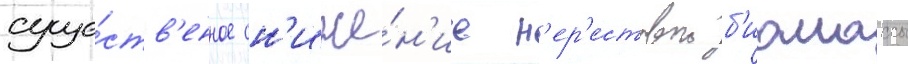
суще́ств'енное сн'иже́н'ие н'ер'естовои б'иомассы